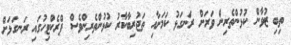
ތިބި ޒުވާން ކުޅުންތެރިން ވަރަށް ރަނގަޅު ކަމަށާއި ތަޖުރިބާކާރު ކުޅުންތެރިންވެސް ޕްރެކްޓިހުގައި ރަނގަޅަށް